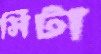
সিটা